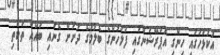
އުކުޅަހުގައި ހިންގި އޮޕަރޭޝަންގައި ފުލުހުންގެ ބެލުމުގެ ދަށަށް ގެނައި ބައެއް ތަކެތި